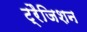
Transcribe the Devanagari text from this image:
ट्रैजिशन